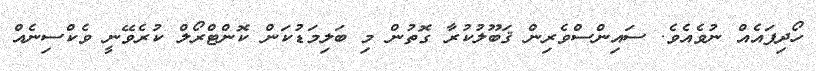
ހޯދިފައެއް ނުވެއެވެ. ސައިންސްވެރިން ޤަބޫލުކުރާ ގޮތުން މި ބަލިމަޑުކަން ކޮންޓްރޯލް ކުރެވޭނީ ވެކްސިނެއް